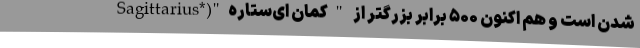
شدن است و هم اکنون ۵۰۰ برابر بزرگتر از "کمان ای‌ستاره"(*Sagittarius